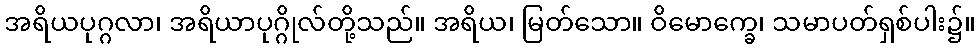
အရိယပုဂ္ဂလာ၊ အရိယာပုဂ္ဂိုလ်တို့သည်။ အရိယ၊ မြတ်သော။ ဝိမောက္ခေ၊ သမာပတ်ရှစ်ပါး၌။